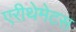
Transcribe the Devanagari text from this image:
एरीथेमेटस